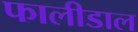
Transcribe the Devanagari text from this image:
फालीडाल